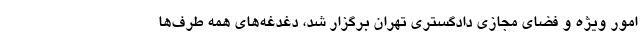
امور ويژه و فضای مجازی دادگستری تهران برگزار شد، دغدغه‌های همه طرف‌ها